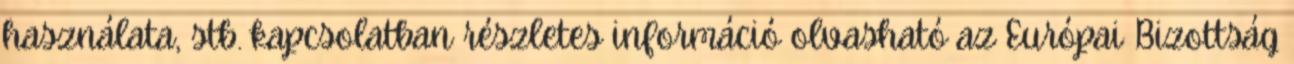
használata, stb. kapcsolatban részletes információ olvasható az Európai Bizottság